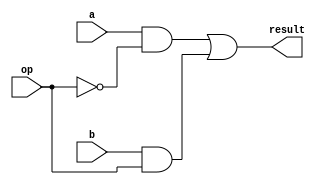
`timescale 1ns / 1ps
//////////////////////////////////////////////////////////////////////////////////
// Company: 
// Engineer: 
// 
// Design Name: 
// Module Name: mux1bit4to1
// Project Name: 
// Target Devices: 
// Tool Versions: 
// Description: 
// 
// Dependencies: 
// 
// Revision:
// Revision 0.01 - File Created
// Additional Comments:
// 
//////////////////////////////////////////////////////////////////////////////////
module mux1bit2to1(a, b, op, result);
input a, b, op;
output result;


assign result = (a & (~op)) | (b & op);			//multiplexer logic.

endmodule

module mux1bit4to1(a, op,out);
	input [3:0] a;
	input op;
	output out;

	wire y;
	wire z;

	mux1bit2to1 m1 (a[3], a[2], op, y),
	            m2 (a[1], a[0], op, z),
	            m3 (y, z, ~op, out);
endmodule